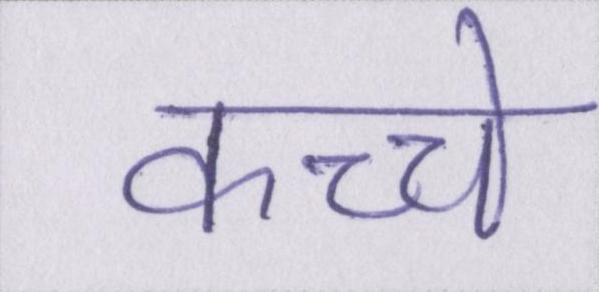
कच्चे